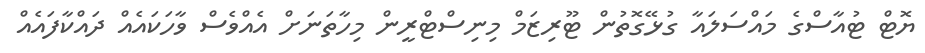
ޔޮޓް ޓުއާސްގެ މައްސަލައާ ގުޅޭގޮތުން ޓޫރިޒަމް މިނިސްޓްރީން މިހާތަނަށް އެއްވެސް ވާހަކައެއް ދައްކާފައެއް